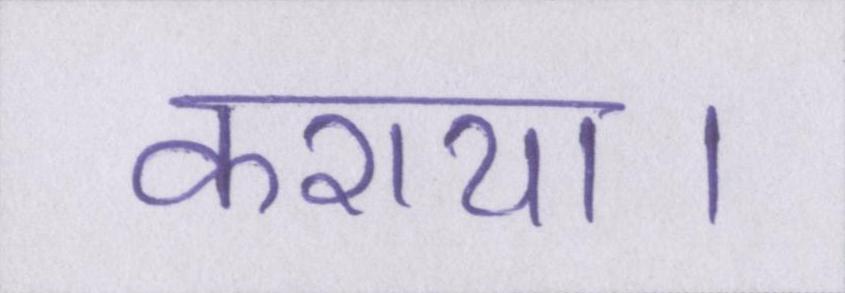
कराया।